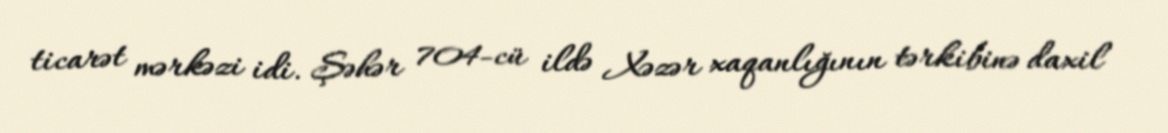
ticarət mərkəzi idi. Şəhər 704-cü ildə Xəzər xaqanlığının tərkibinə daxil